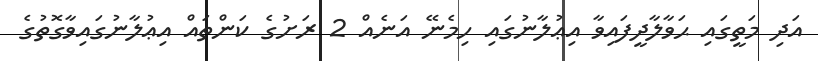
އަދި މަތީގައި ޙަވާލާދީފައިވާ އިޢުލާނުގައި ހިމެނޭ އަނެއް 2 ރަށުގެ ކަންތައް އިޢުލާނުގައިވާގޮތުގެ